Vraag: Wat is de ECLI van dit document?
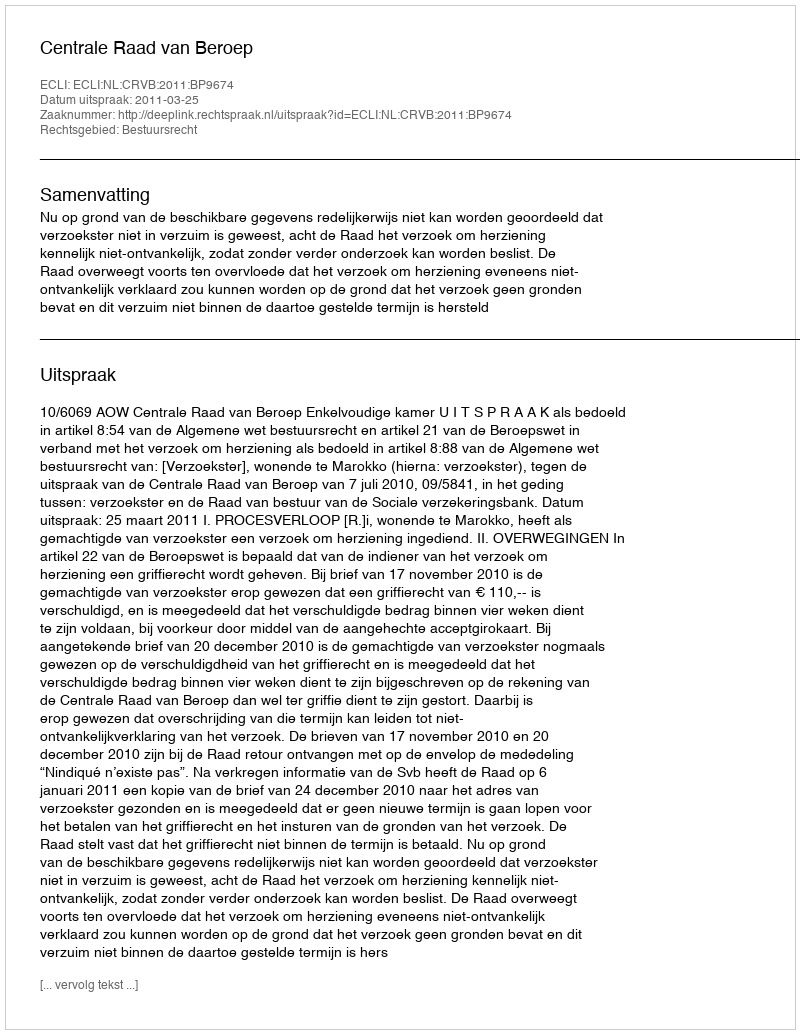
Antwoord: ECLI:NL:CRVB:2011:BP9674